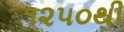
૧૨૫૦થી